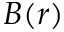
B ( r )